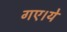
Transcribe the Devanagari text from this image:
गए।ये